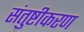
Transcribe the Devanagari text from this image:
संतुष्टीकरण